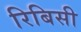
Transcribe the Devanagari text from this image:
रिबिसी